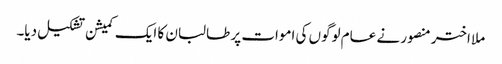
ملا اختر منصور نے عام لوگوں کی اموات پر طالبان کا ایک کمیشن تشکیل دیا۔